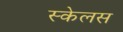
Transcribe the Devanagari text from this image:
स्केलस